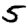
Digit: 5